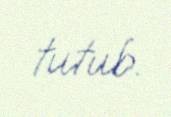
tutub.